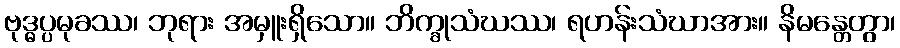
ဗုဒ္ဓပ္ပမုခဿ၊ ဘုရား အမှူးရှိသော။ ဘိက္ခုသံဃဿ၊ ရဟန်းသံဃာအား။ နိမန္တေတွာ၊